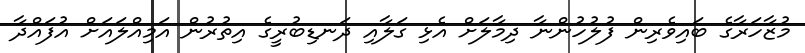
މުޒާހަރާގެ ބައިވެރިން ފުލުހުންނާ ދިމާލަށް އެޅި ގަލާއި ދަނޑިބުރީގެ އިތުރުން އަމިއްލައަށް އުފައްދާ